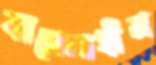
ঝামেলাহীন